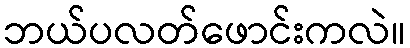
ဘယ်ပလတ်ဖောင်းကလဲ။